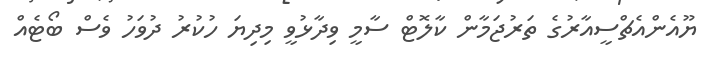
ޔޫއެންއެޗްސީއާރުގެ ތަރުޖަމާން ކާލޮޓް ސާމީ ވިދާޅުވީ މިދިޔަ ހުކުރު ދުވަހު ވެސް ބޯޓެއް